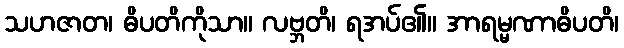
သဟဇာတ၊ ဓိပတိကိုသာ။ လဗ္ဘတိ၊ ရအပ်၏။ အာရမ္မဏာဓိပတိ၊